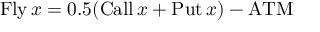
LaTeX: \operatorname { F l y } x = 0 . 5 ( \operatorname { C a l l } x + \operatorname { P u t } x ) - \mathrm { A T M }